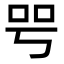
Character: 㕺